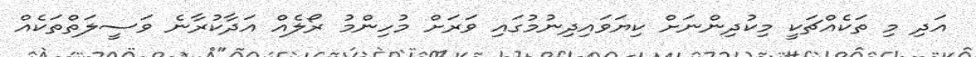
އަދި މި ތަކެއްޗަކީ މިކުދިންނަށް ކިޔަވައިދިނުމުގައި ވަރަށް މުހިންމު ރޯލެއް އަދާކުރާނެ ވަސީލަތްތަކެއް